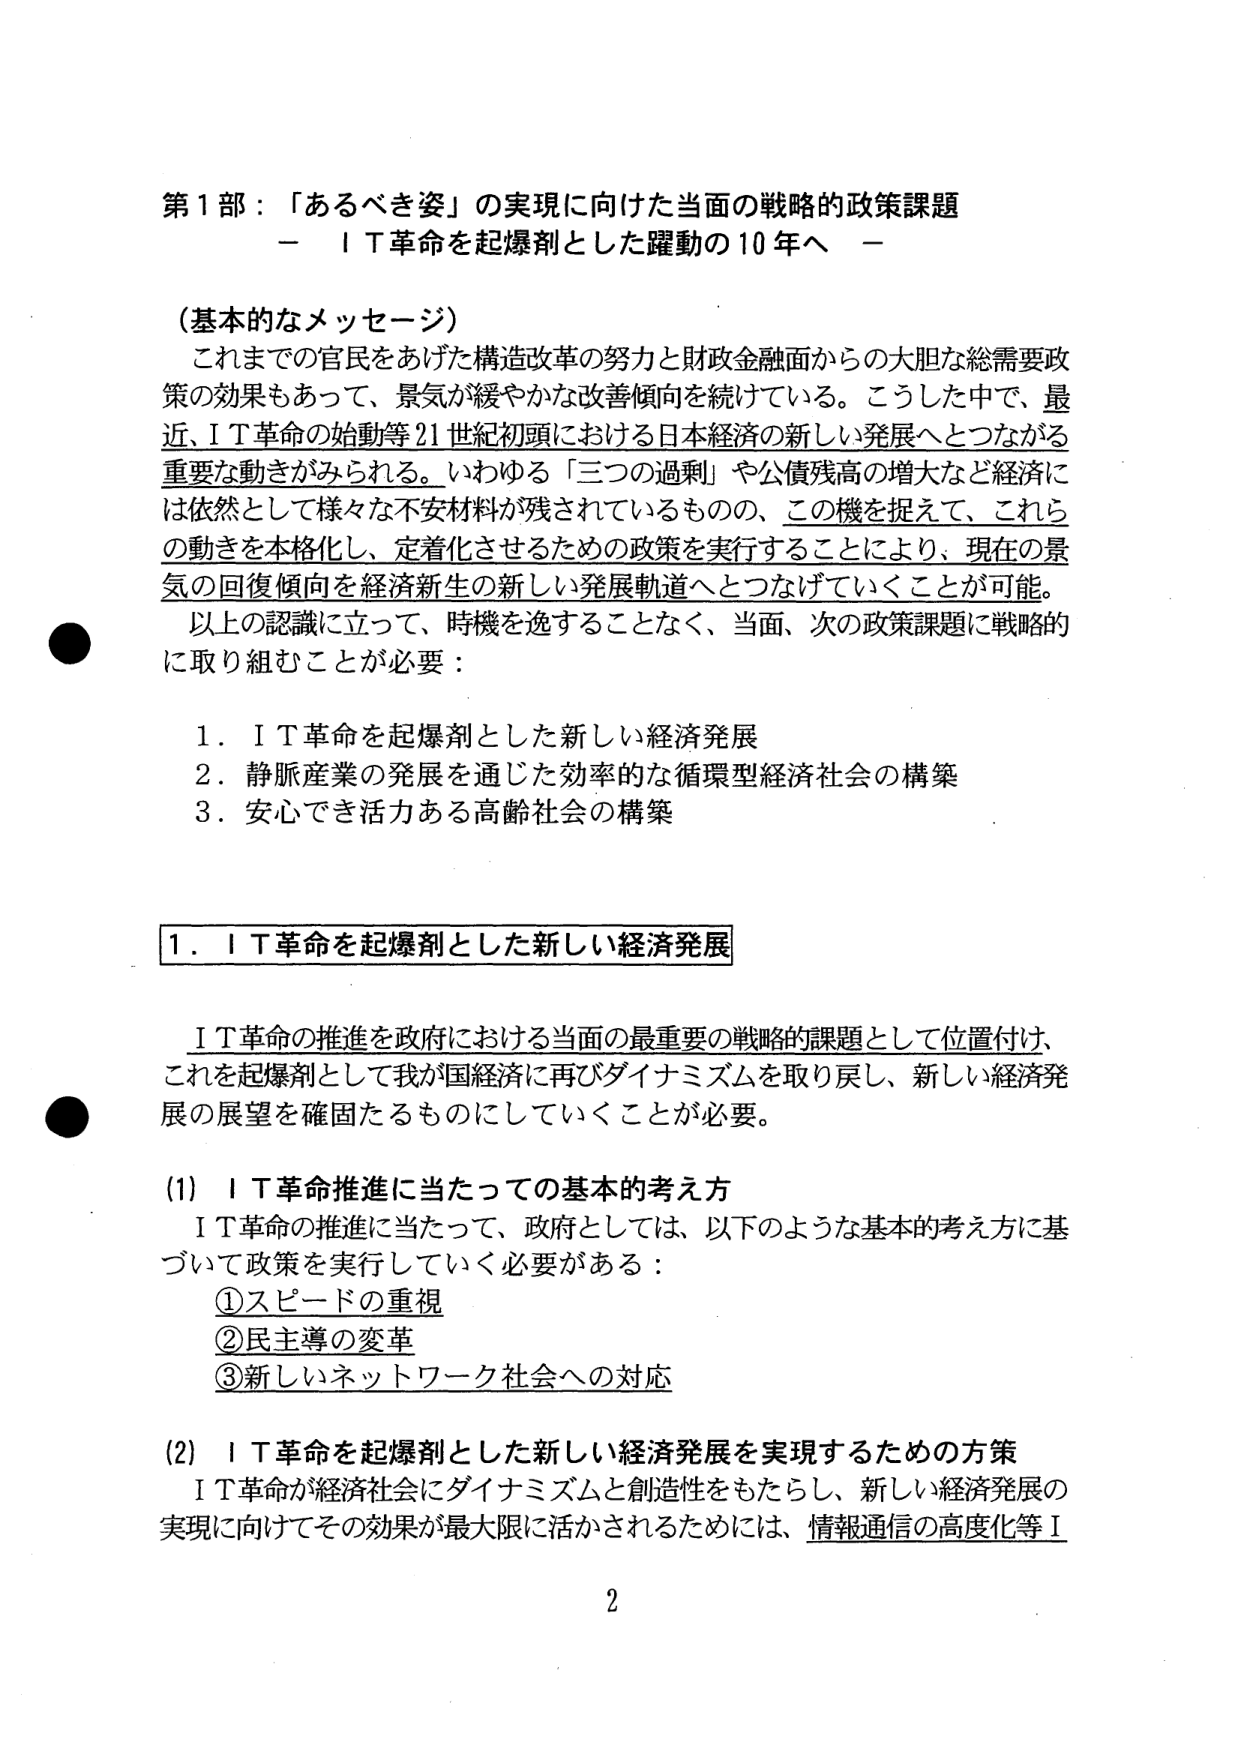
第1部：「あるべき姿」の実現に向けた当面の戦略的政策課題
－ ＩＴ革命を起爆剤とした躍動の10年へ －

（基本的なメッセージ）
これまでの官民をあげた構造改革の努力と財政金融面からの大胆な総需要政策の効果もあって、景気が緩やかな改善傾向を続けている。こうした中で、最近、ＩＴ革命の始動等21世紀初頭における日本経済の新しい発展へとつながる重要な動きがみられる。いわゆる「三つの過剰」や公債残高の増大など経済には依然として様々な不安材料が残されているものの、この機を捉えて、これらの動きを本格化し、定着化させるための政策を実行することにより、現在の景気の回復傾向を経済新生の新しい発展軌道へとつなげていくことが可能。
以上の認識に立って、時機を逸することなく、当面、次の政策課題に戦略的に取り組むことが必要：

1．ＩＴ革命を起爆剤とした新しい経済発展
2．静脈産業の発展を通じた効率的な循環型経済社会の構築
3．安心でき活力ある高齢社会の構築

1．ＩＴ革命を起爆剤とした新しい経済発展

ＩＴ革命の推進を政府における当面の最重要の戦略的課題として位置付け、これを起爆剤として我が国経済に再びダイナミズムを取り戻し、新しい経済発展の展望を確固たるものにしていくことが必要。

(1) ＩＴ革命推進に当たっての基本的考え方
ＩＴ革命の推進に当たって、政府としては、以下のような基本的考え方に基づいて政策を実行していく必要がある：
①スピードの重視
②民主導の変革
③新しいネットワーク社会への対応

(2) ＩＴ革命を起爆剤とした新しい経済発展を実現するための方策
ＩＴ革命が経済社会にダイナミズムと創造性をもたらし、新しい経済発展の実現に向けてその効果が最大限に活かされるためには、情報通信の高度化等Ｉ

2